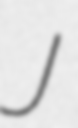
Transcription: J